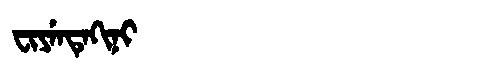
Manchu: ᠸᡳᠶᡝᠨᡨᡝᡴᡳᠨᡳ
Romanization: FIYENTEKINI